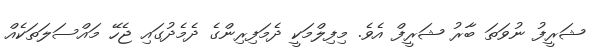
ޝަރީފު ނުވަތަ ބާރު ޝަރީފް އެވެ. މިފިލްމަކީ ދެމަފިރިންގެ ދެމެދުގައި ޖެހޭ މައްސަލަތަކެއް